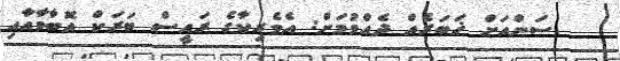
ސަންއަށް ޚަބަރެއް ދެއްވުމަށް: އެމެރިކާގެ ރައީސް ބަރަކް އޮބާމާއާއި